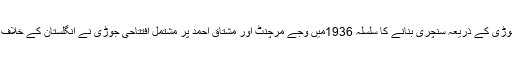
ہندوستان کی جانب سے ایک ہی اننگز میں افتتاحی جوڑی کے ذریعہ سنچری بنانے کا سلسلہ 1936میں وجے مرچنٹ اور مشتاق احمد پر مشتمل افتتاحی جوڑی نے انگلستان کے خلاف اولڈ ٹریفورڈ میں کھیلے گئے ٹسٹ میچ سے کیا تھا۔